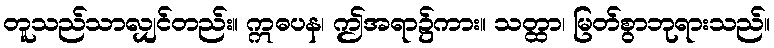
တူသည်သာလျှင်တည်း။ ဣဓပန၊ ဤအရာ၌ကား။ သတ္ထာ၊ မြတ်စွာဘုရားသည်။